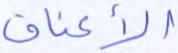
الأعناق